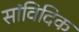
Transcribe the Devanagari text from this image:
सांविदिक